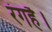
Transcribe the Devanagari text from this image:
रंगहै।